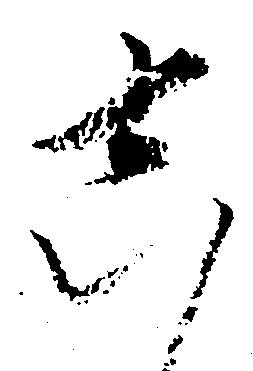
し